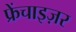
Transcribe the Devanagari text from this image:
फ्रेंचाइज़र